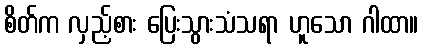
စိတ်က လှည့်စား ပြေးသွားသံသရာ ဟူသော ဂါထာ။